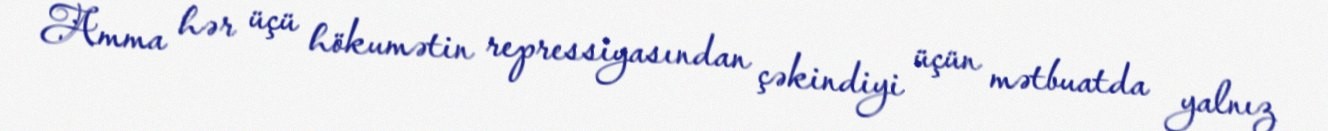
Amma hər üçü hökumətin repressiyasından çəkindiyi üçün mətbuatda yalnız